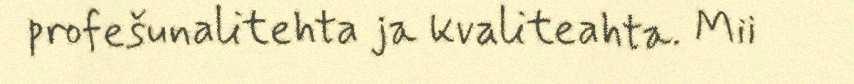
profešunalitehta ja kvaliteahta. Mii